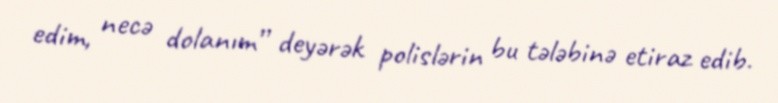
edim, necə dolanım” deyərək polislərin bu tələbinə etiraz edib.